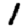
Digit: 1